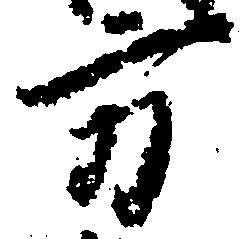
方